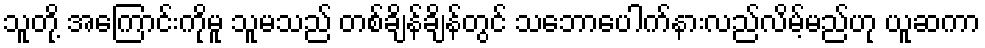
သူတို့ အကြောင်းကိုမူ သူမသည် တစ်ချိန်ချိန်တွင် သဘောပေါက်နားလည်လိမ့်မည်ဟု ယူဆကာ